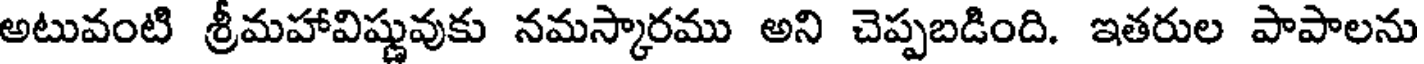
అటువంటి శ్రీమహావిష్ణువుకు నమస్కారము అని చెప్పబడింది. ఇతరుల పాపాలను